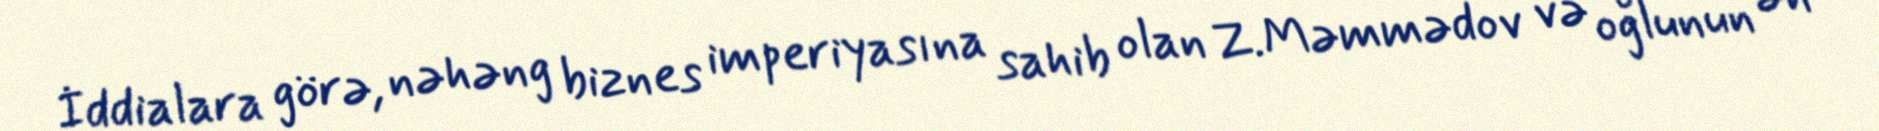
İddialara görə, nəhəng biznes imperiyasına sahib olan Z.Məmmədov və oğlunun ən